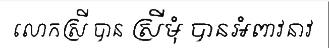
លោកស្រី បាន ស្រីមុំ បានអំពាវនាវ